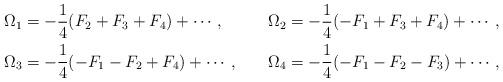
LaTeX: \begin{align*}\renewcommand{\arraystretch}{2} \begin{array}{lcl}\displaystyle \Omega_1 = -\frac{1}{4}(F_2+F_3+F_4)+\cdots, & ~ &\displaystyle \Omega_2 = -\frac{1}{4}(-F_1+F_3+F_4)+\cdots, \\\displaystyle \Omega_3 = -\frac{1}{4}(-F_1-F_2+F_4)+\cdots, & ~ &\displaystyle \Omega_4 = -\frac{1}{4}(-F_1-F_2-F_3)+\cdots, \end{array}\end{align*}